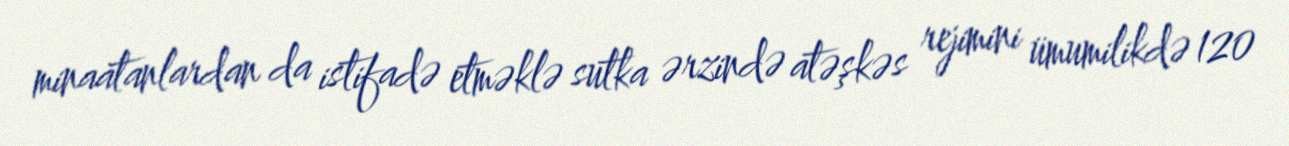
minaatanlardan da istifadə etməklə sutka ərzində atəşkəs rejimini ümumilikdə 120